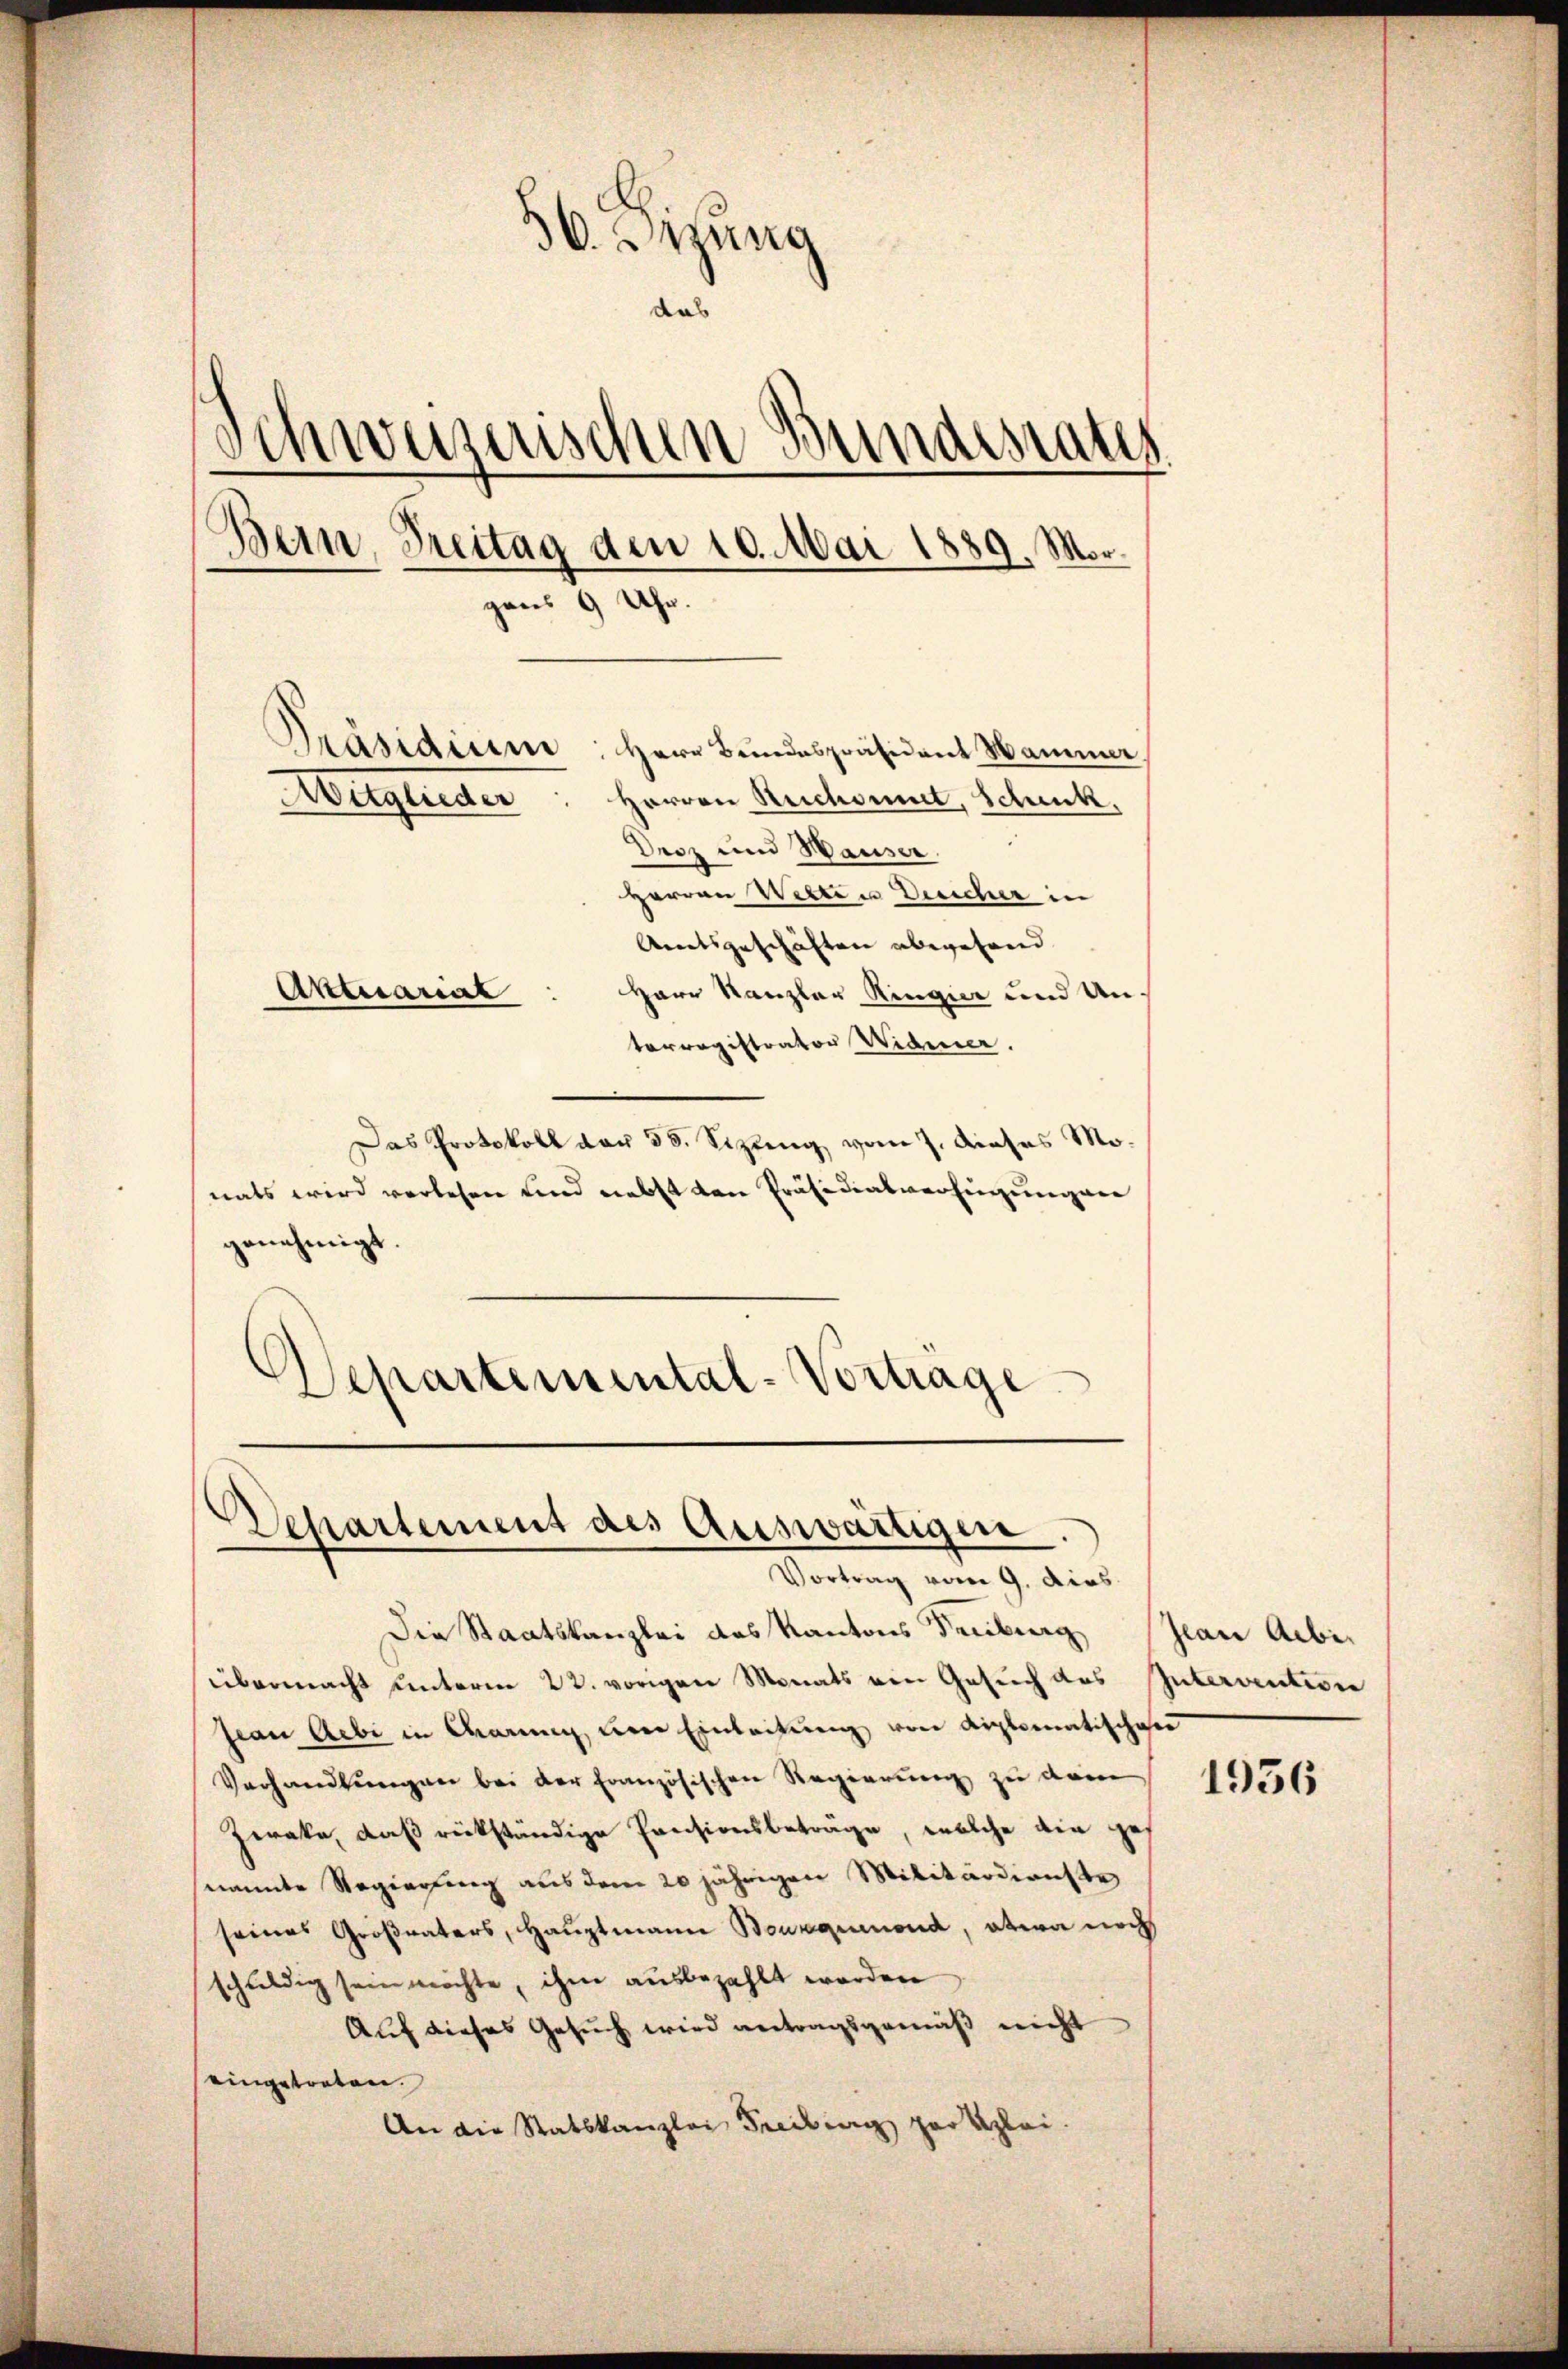
56. Setzung
das
Schweizerischen Bundesrates
Bain, Freitag den 10. Mai 1889. Mor.
gans 9 Uhr.
Präsidium: Herr Bundespräsident Namma
Herren Reichsmut, Schenke,
Heglieder
Droz und Hauser
Herren Wilten Dreicher in

Anratsgeschäften abwesend
Herr Kanzler Ringier und Unterregistrator Widmer.
Das Protokoll der 38. Sizung vom 7. dieses Monats wird verlesen und nebst von Präsidialversingungen
genehmigt.
Wepartemental-Vorträge

Aktuariat

Departement des Auswärtigen
Vortrag vom 9. dies

Die Staatskanzlei des Kantons Feuburg Jean Aebiübermacht unterm 22. vorigen Monats von Gesŭch des Intervention
pian Aebi in darung, um Einleitŭng von Diplomatischen
Verhandlungen bei der Französischen Regierung zu dein
Zwrake, daß rückständige Pensionsbeträge, welche die ges
swandte Regierung aus dem 20 jährigen Militärdienste
seines Großvaters, Hauptmann Bourquond, etwa noch
schuldig sein möchte, ihm ausbezahlt worden
Auf dieses Gesuch wird antragsgemäß nicht
eingetreten.
An die Statskanzlei Freibung gar klei¬

1956